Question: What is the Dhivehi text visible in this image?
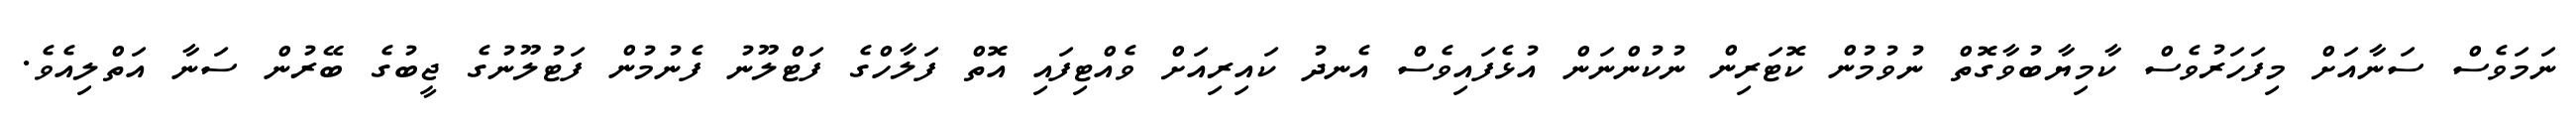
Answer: ނަމަވެސް ސަނާއަށް މިފަހަރުވެސް ކާމިޔާބުވާގޮތް ނުވުމުން ކޮޓަރިން ނުކުންނަން އުޅެފައިވެސް އެނދު ކައިރިއަށް ވެއްޓިފައި އޮތް ފަލާހްގެ ފަޓްލޫނު ފެނުމުން ފަޓުލޫނުގެ ޖީބުގެ ބޭރުން ސަނާ އަތްލިއެވެ.